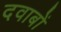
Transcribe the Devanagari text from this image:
दवाबों